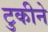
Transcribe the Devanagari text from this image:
टुकीने